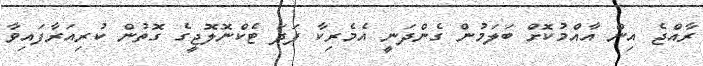
ރާއްޖެ އިން އާއްމުކޮށް ބަލަމުން ގެންދަނީ އެމެރިކާ ފަދަ ޓެކްނޮލޮޖީގެ ގޮތުން ކުރިއަރާފައިވާ